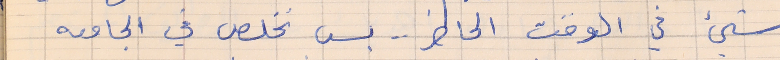
شيء في الوقت الحاضر ..  بس نخلص في الجامعه